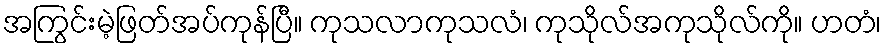
အကြွင်းမဲ့ဖြတ်အပ်ကုန်ပြီ။ ကုသလာကုသလံ၊ ကုသိုလ်အကုသိုလ်ကို။ ဟတံ၊